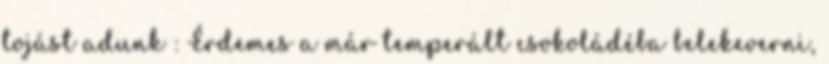
tojást adunk : Érdemes a már temperált csokoládéba belekeverni,